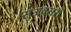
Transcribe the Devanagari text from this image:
सुअवसरों